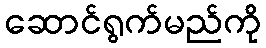
ဆောင်ရွက်မည်ကို